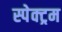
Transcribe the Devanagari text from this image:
स्पेक्‍ट्रम